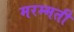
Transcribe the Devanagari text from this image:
मरम्‍मती